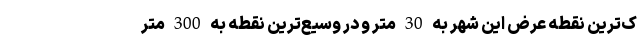
ک‌ترین نقطه عرض این شهر به 30 متر و در وسیع‌ترین نقطه به 300 متر